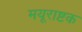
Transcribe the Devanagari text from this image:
मयूराष्टक